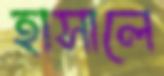
হাসালে